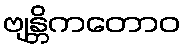
ဗျန္တိကတောဝ